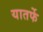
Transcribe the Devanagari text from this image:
यातर्फे